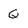
Character: Q